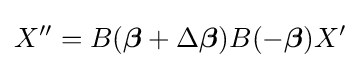
X''=B({\boldsymbol {\beta }}+\Delta {\boldsymbol {\beta }})B(-{\boldsymbol {\beta }})X'